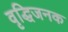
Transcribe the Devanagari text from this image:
वृद्धिजनक